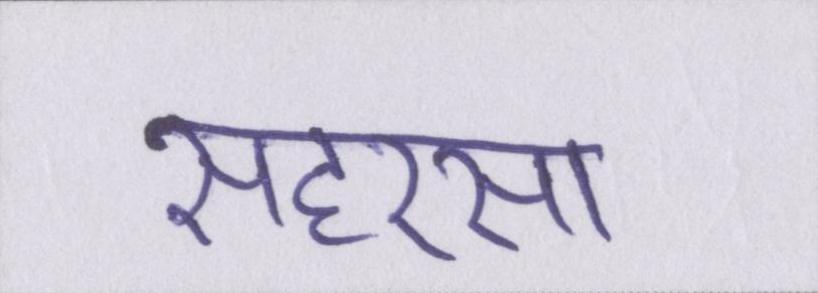
सहरसा